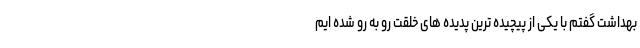
بهداشت گفتم با یکی از پیچیده ترین پدیده های خلقت رو به رو شده ایم